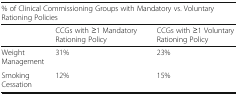
<table><thead><tr><td colspan="3"><b>% of Clinical Commissioning Groups with Mandatory vs. Voluntary Rationing Policies</b></td></tr><tr><td></td><td><b>CCGs with ≥1 Mandatory Rationing Policy</b></td><td><b>CCGs with ≥1 Voluntary Rationing Policy</b></td></tr></thead><tbody><tr><td>Weight Management</td><td>31%</td><td>23%</td></tr><tr><td>Smoking Cessation</td><td>12%</td><td>15%</td></tr></tbody></table>